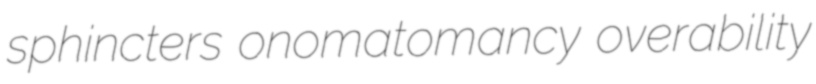
sphincters onomatomancy overability